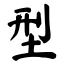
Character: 型